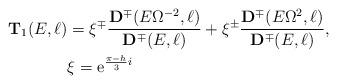
LaTeX: \begin{align*}{\mathbf T}_1(E,\ell) &=\xi^{\mp}\frac{ \mathbf{ D}^{\mp} (E \Omega^{-2},\ell) }{\mathbf{ D}^{\mp}(E,\ell)} + \xi^{\pm} \frac{\mathbf{ D}^{\mp}(E \Omega^2,\ell)}{ \mathbf{ D}^{\mp}(E,\ell)}, \\ & \xi = {\rm e}^{\frac{\pi - h}{3}i} \end{align*}